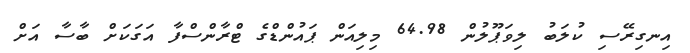
އިނގިރޭސި ކުލަބު ލިވަޕޫލުން 64.98 މިލިއަން ޕައުންޑްގެ ޓްރާންސްފާ އަގަކަށް ބާސާ އަށް